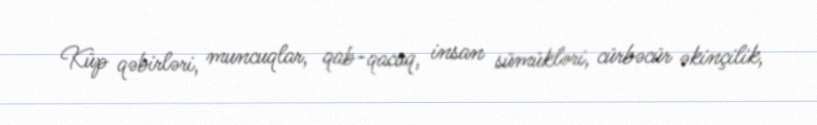
Küp qəbirləri, muncuqlar, qab-qacaq, insan sümükləri, cürbəcür əkinçilik,